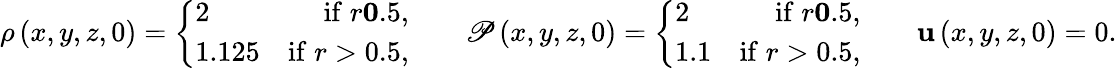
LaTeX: \rho\left(x,y,z,0\right)=\left\lbrace\begin{array}{lr}{2}&{\mathrm{if}\; r\le 0.5,}\\ {1.125}&{\mathrm{if}\; r>0.5,}\end{array}\right.\qquad\mathscr{P}\left(x,y,z,0\right)=\left\lbrace\begin{array}{lr}{2}&{\mathrm{if}\; r\le 0.5,}\\ {1.1}&{\mathrm{if}\; r>0.5,}\end{array}\right.\qquad\mathbf{{u}}\left(x,y,z,0\right)=0.